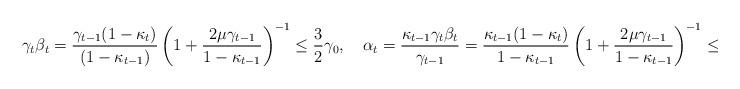
LaTeX: \begin{align*}\gamma_t\beta_t=\frac{\gamma_{t-1}(1-\kappa_t)}{(1-\kappa_{t-1})}\left(1+\frac{2\mu\gamma_{t-1}}{1-\kappa_{t-1}}\right)^{-1}\leq\frac{3}{2}\gamma_0,\quad\alpha_t=\frac{\kappa_{t-1}\gamma_t\beta_t}{\gamma_{t-1}}=\frac{\kappa_{t-1}(1-\kappa_{t})}{1-\kappa_{t-1}}\left(1+\frac{2\mu\gamma_{t-1}}{1-\kappa_{t-1}}\right)^{-1}\leq\frac{1}{2}. \end{align*}